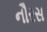
નૌરસ